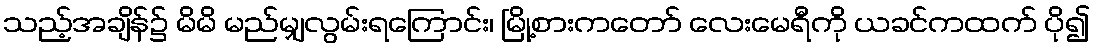
သည့်အချိန်၌ မိမိ မည်မျှလွမ်းရကြောင်း၊ မြို့စားကတော် လေးမေရီကို ယခင်ကထက် ပို၍